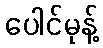
ပေါင်မုန့်